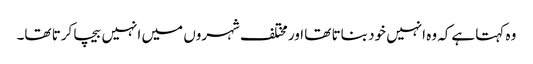
وہ کہتا ہےکہ وہ انہیں خود بناتا تھا اور مختلف شہروں میں انہیں بیچا کرتا تھا۔